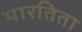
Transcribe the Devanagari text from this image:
पारतिता